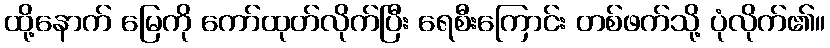
ထို့နောက် မြေကို ကော်ထုတ်လိုက်ပြီး ရေစီးကြောင်း တစ်ဖက်သို့ ပုံလိုက်၏။